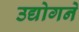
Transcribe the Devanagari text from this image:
उद्योगने